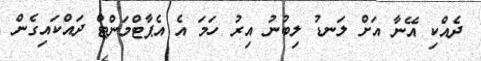
ދެއްކި އޭނާ އަށް ލަނޑު ލިބުނު އިރު ހަމަ އެ އެޕާޓްމަންޓް ދައްކައިގެން